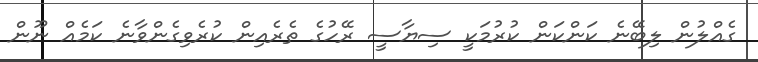
ގެއްލުން ލިބޭނެ ކަންކަން ކުރުމަކީ ސިޔާސީ ރޭހުގެ ތެރެއިން ކުރެވިގެންވާނެ ކަމެއް ނޫން